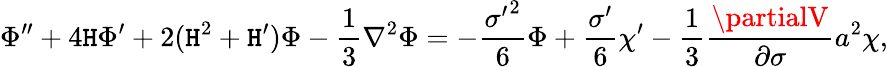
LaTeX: \Phi^{\prime\prime}+4{\cal\mathtt{H}}\Phi^{\prime}+2({\cal\mathtt{H}}^{2}+{\cal\mathtt{H}}^{\prime})\Phi-\frac{{1}}{{3}}\nabla^{2}\Phi=-\frac{{{\sigma^{\prime}}^{2}}}{{6}}\Phi+\frac{{\sigma^{\prime}}}{{6}}\chi^{\prime}-\frac{{1}}{{3}}\frac{{\partialV}}{{\partial\sigma}}a^{2}\chi,